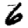
Digit: 6